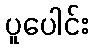
ပူပေါင်း